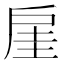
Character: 𫼋